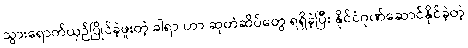
သွားရောက်ယှဉ်ပြိုင်ခဲ့ဖူးတဲ့ ခါရာ ဟာ ဆုတံဆိပ်တွေ ရရှိခဲ့ပြီး နိုင်ငံဂုဏ်ဆောင်နိုင်ခဲ့တဲ့